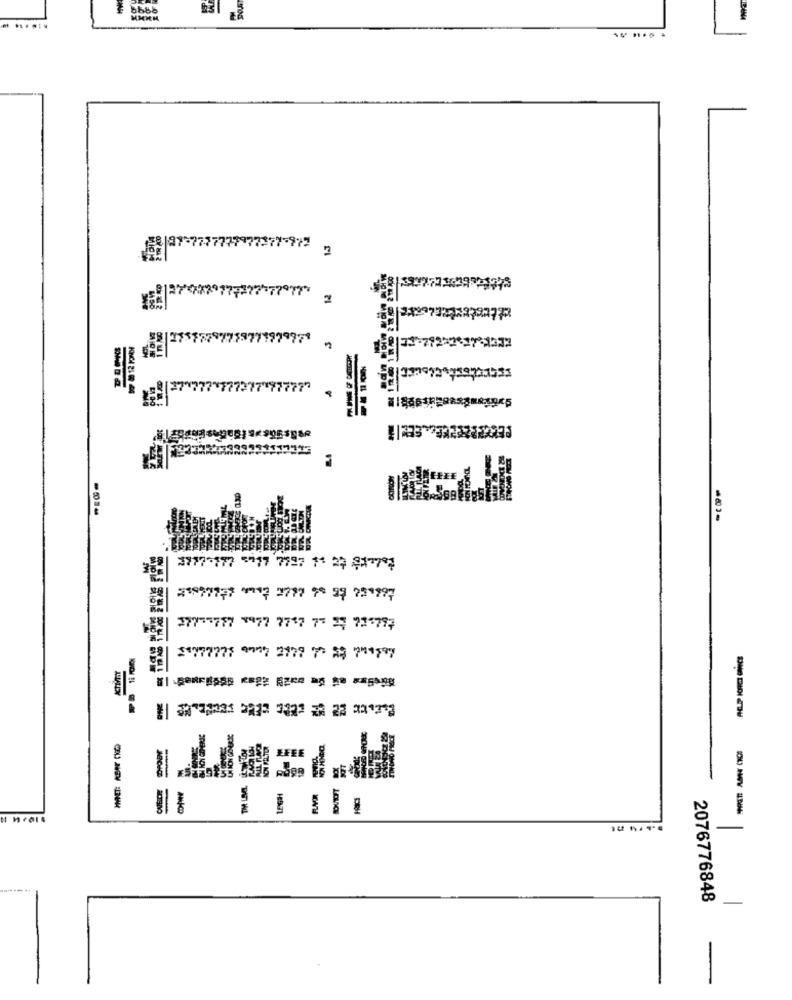
3777-177 -17 7797 1+ 22 217747
21997771 0117 2777 98 29 731997
27775777 9977 777 77 29 735797
TUALLY
-
2076776848
-